Vaccination in the Punjab 1905-1918 - 1905-1918
Year: 1905
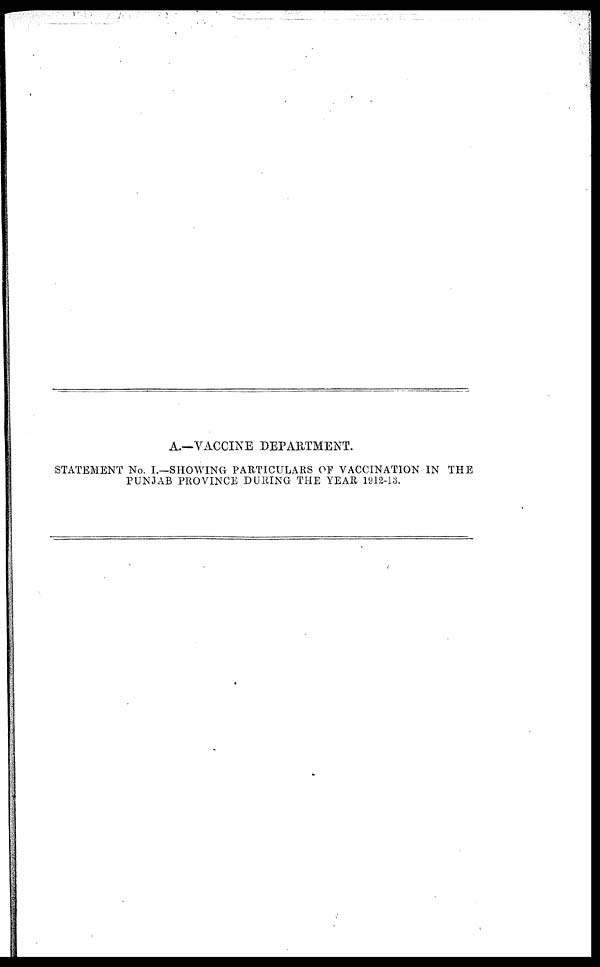
A.—VACCINE DEPARTMENT.
STATEMENT No. I.—SHOWING PARTICULARS OF VACCINATION IN THE
PUNJAB PROVINCE DURING THE YEAR 1912-13.